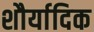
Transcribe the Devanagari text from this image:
शौर्यादिक